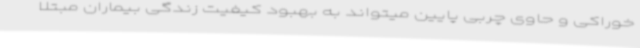
خوراکی و حاوی چربی پایین میتواند به بهبود کیفیت زندگی بیماران مبتلا